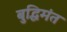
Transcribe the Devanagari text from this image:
बुद्धिमंत